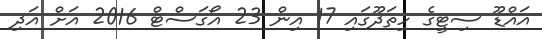
އައްޑޫ ސިޓީގެ ހިތަދޫގައި 17 އިން 23 އޯގަސްޓް 2016 އަށް އަދި